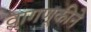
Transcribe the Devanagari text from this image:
वागणूकीने